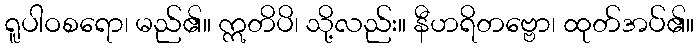
ရူပါဝစရော၊ မည်၏။ ဣတိပိ၊ သို့လည်း။ နီဟရိတဗ္ဗော၊ ထုတ်အပ်၏။